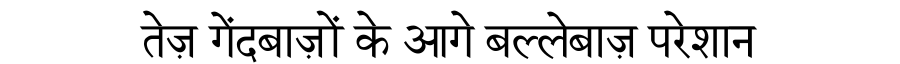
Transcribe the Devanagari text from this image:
तेज़ गेंदबाज़ों के आगे बल्लेबाज़ परेशान